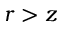
r > z